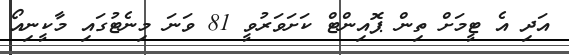
އަދި އެ ޓީމަށް ތިން ޕޮއިންޓް ކަށަވަރުވީ 81 ވަނަ މިނެޓުގައި މާކީނިއޯ